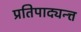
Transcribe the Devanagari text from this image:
प्रतिपाद्यन्त्त